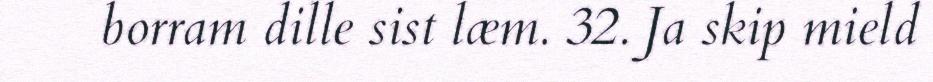
borram dille sist læm. 32. Ja skip mield